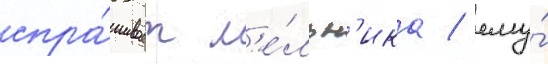
спра́шивает м'е́льн'ика / ему́